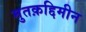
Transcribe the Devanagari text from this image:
मुतक़द्दिमीन